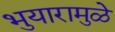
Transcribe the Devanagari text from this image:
भुयारामुळे